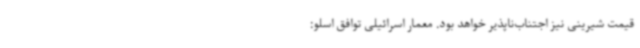
قیمت شیرینی نیز اجتناب‌ناپذیر خواهد بود. معمار اسرائیلی توافق اسلو: